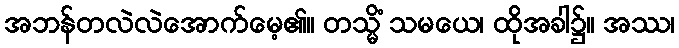
အဘန်တလဲလဲအောက်မေ့၏။ တသ္မိံ သမယေ၊ ထိုအခါ၌။ အဿ၊